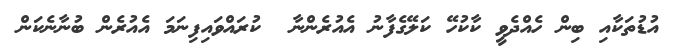
އުޑުތަކާއި ބިން ހެއްދެވީ ކާކުހޭ ކަލޭގެފާނު އެއުރެންނާ  ކުރައްވައިފިނަމަ އެއުރެން ބުނާނެކަން